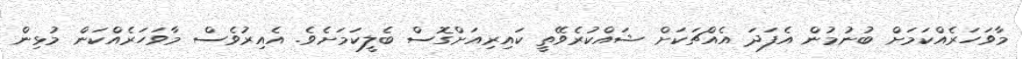
މާވަހަރެއްކަމަށް ބުނުމުން އެފަދަ އެއްޗަކަށް ޝައްކުރެވޭތީ ކައިރިއަށްގޮސް ބެލީކަމަށެވެ. އެއިރުވެސް މާވަހަރެއްކަން މުޅިން